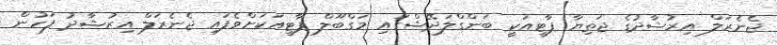
ޖެނެރަލް އިރުޝާދުގެ ޖަތިޔާ ޕާޓީއަކީ ބަންގްލަދޭޝްގައި މަގްބޫލް ޕާޓީއަކަށްވެފައި ޖެނެރަލް އިރުޝާދު ފަހުން